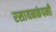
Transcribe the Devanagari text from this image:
रसायनकंपनी